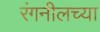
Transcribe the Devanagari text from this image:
रंगनीलच्या